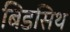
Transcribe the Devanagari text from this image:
बिडसिथ